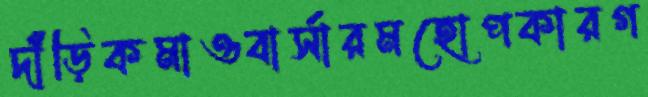
দাঁড়িকমাওবার্সারমহোপকারগ